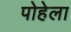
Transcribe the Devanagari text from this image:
पोहेला